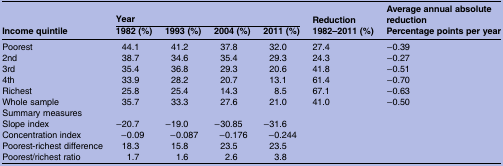
<table><thead><tr><td rowspan="2"><b>Income quintile</b></td><td colspan="4"><b>Year</b></td><td><b>Reduction</b></td><td><b>Average annual absolute reduction</b></td></tr><tr><td><b>1982 (%)</b></td><td><b>1993 (%)</b></td><td><b>2004 (%)</b></td><td><b>2011 (%)</b></td><td><b>1982–2011 (%)</b></td><td><b>Percentage points per year</b></td></tr></thead><tbody><tr><td>Poorest</td><td>44.1</td><td>41.2</td><td>37.8</td><td>32.0</td><td>27.4</td><td>−0.39</td></tr><tr><td>2nd</td><td>38.7</td><td>34.6</td><td>35.4</td><td>29.3</td><td>24.3</td><td>−0.27</td></tr><tr><td>3rd</td><td>35.4</td><td>36.8</td><td>29.3</td><td>20.6</td><td>41.8</td><td>−0.51</td></tr><tr><td>4th</td><td>33.9</td><td>28.2</td><td>20.7</td><td>13.1</td><td>61.4</td><td>−0.70</td></tr><tr><td>Richest</td><td>25.8</td><td>25.4</td><td>14.3</td><td>8.5</td><td>67.1</td><td>−0.63</td></tr><tr><td>Whole sample</td><td>35.7</td><td>33.3</td><td>27.6</td><td>21.0</td><td>41.0</td><td>−0.50</td></tr><tr><td colspan="6">Summary measures</td><td></td></tr><tr><td>Slope index</td><td>−20.7</td><td>−19.0</td><td>−30.85</td><td>−31.6</td><td rowspan="4"></td><td></td></tr><tr><td>Concentration index</td><td>−0.09</td><td>−0.087</td><td>−0.176</td><td>−0.244</td><td></td></tr><tr><td>Poorest-richest difference</td><td>18.3</td><td>15.8</td><td>23.5</td><td>23.5</td><td></td></tr><tr><td>Poorest/richest ratio</td><td>1.7</td><td>1.6</td><td>2.6</td><td>3.8</td><td></td></tr></tbody></table>